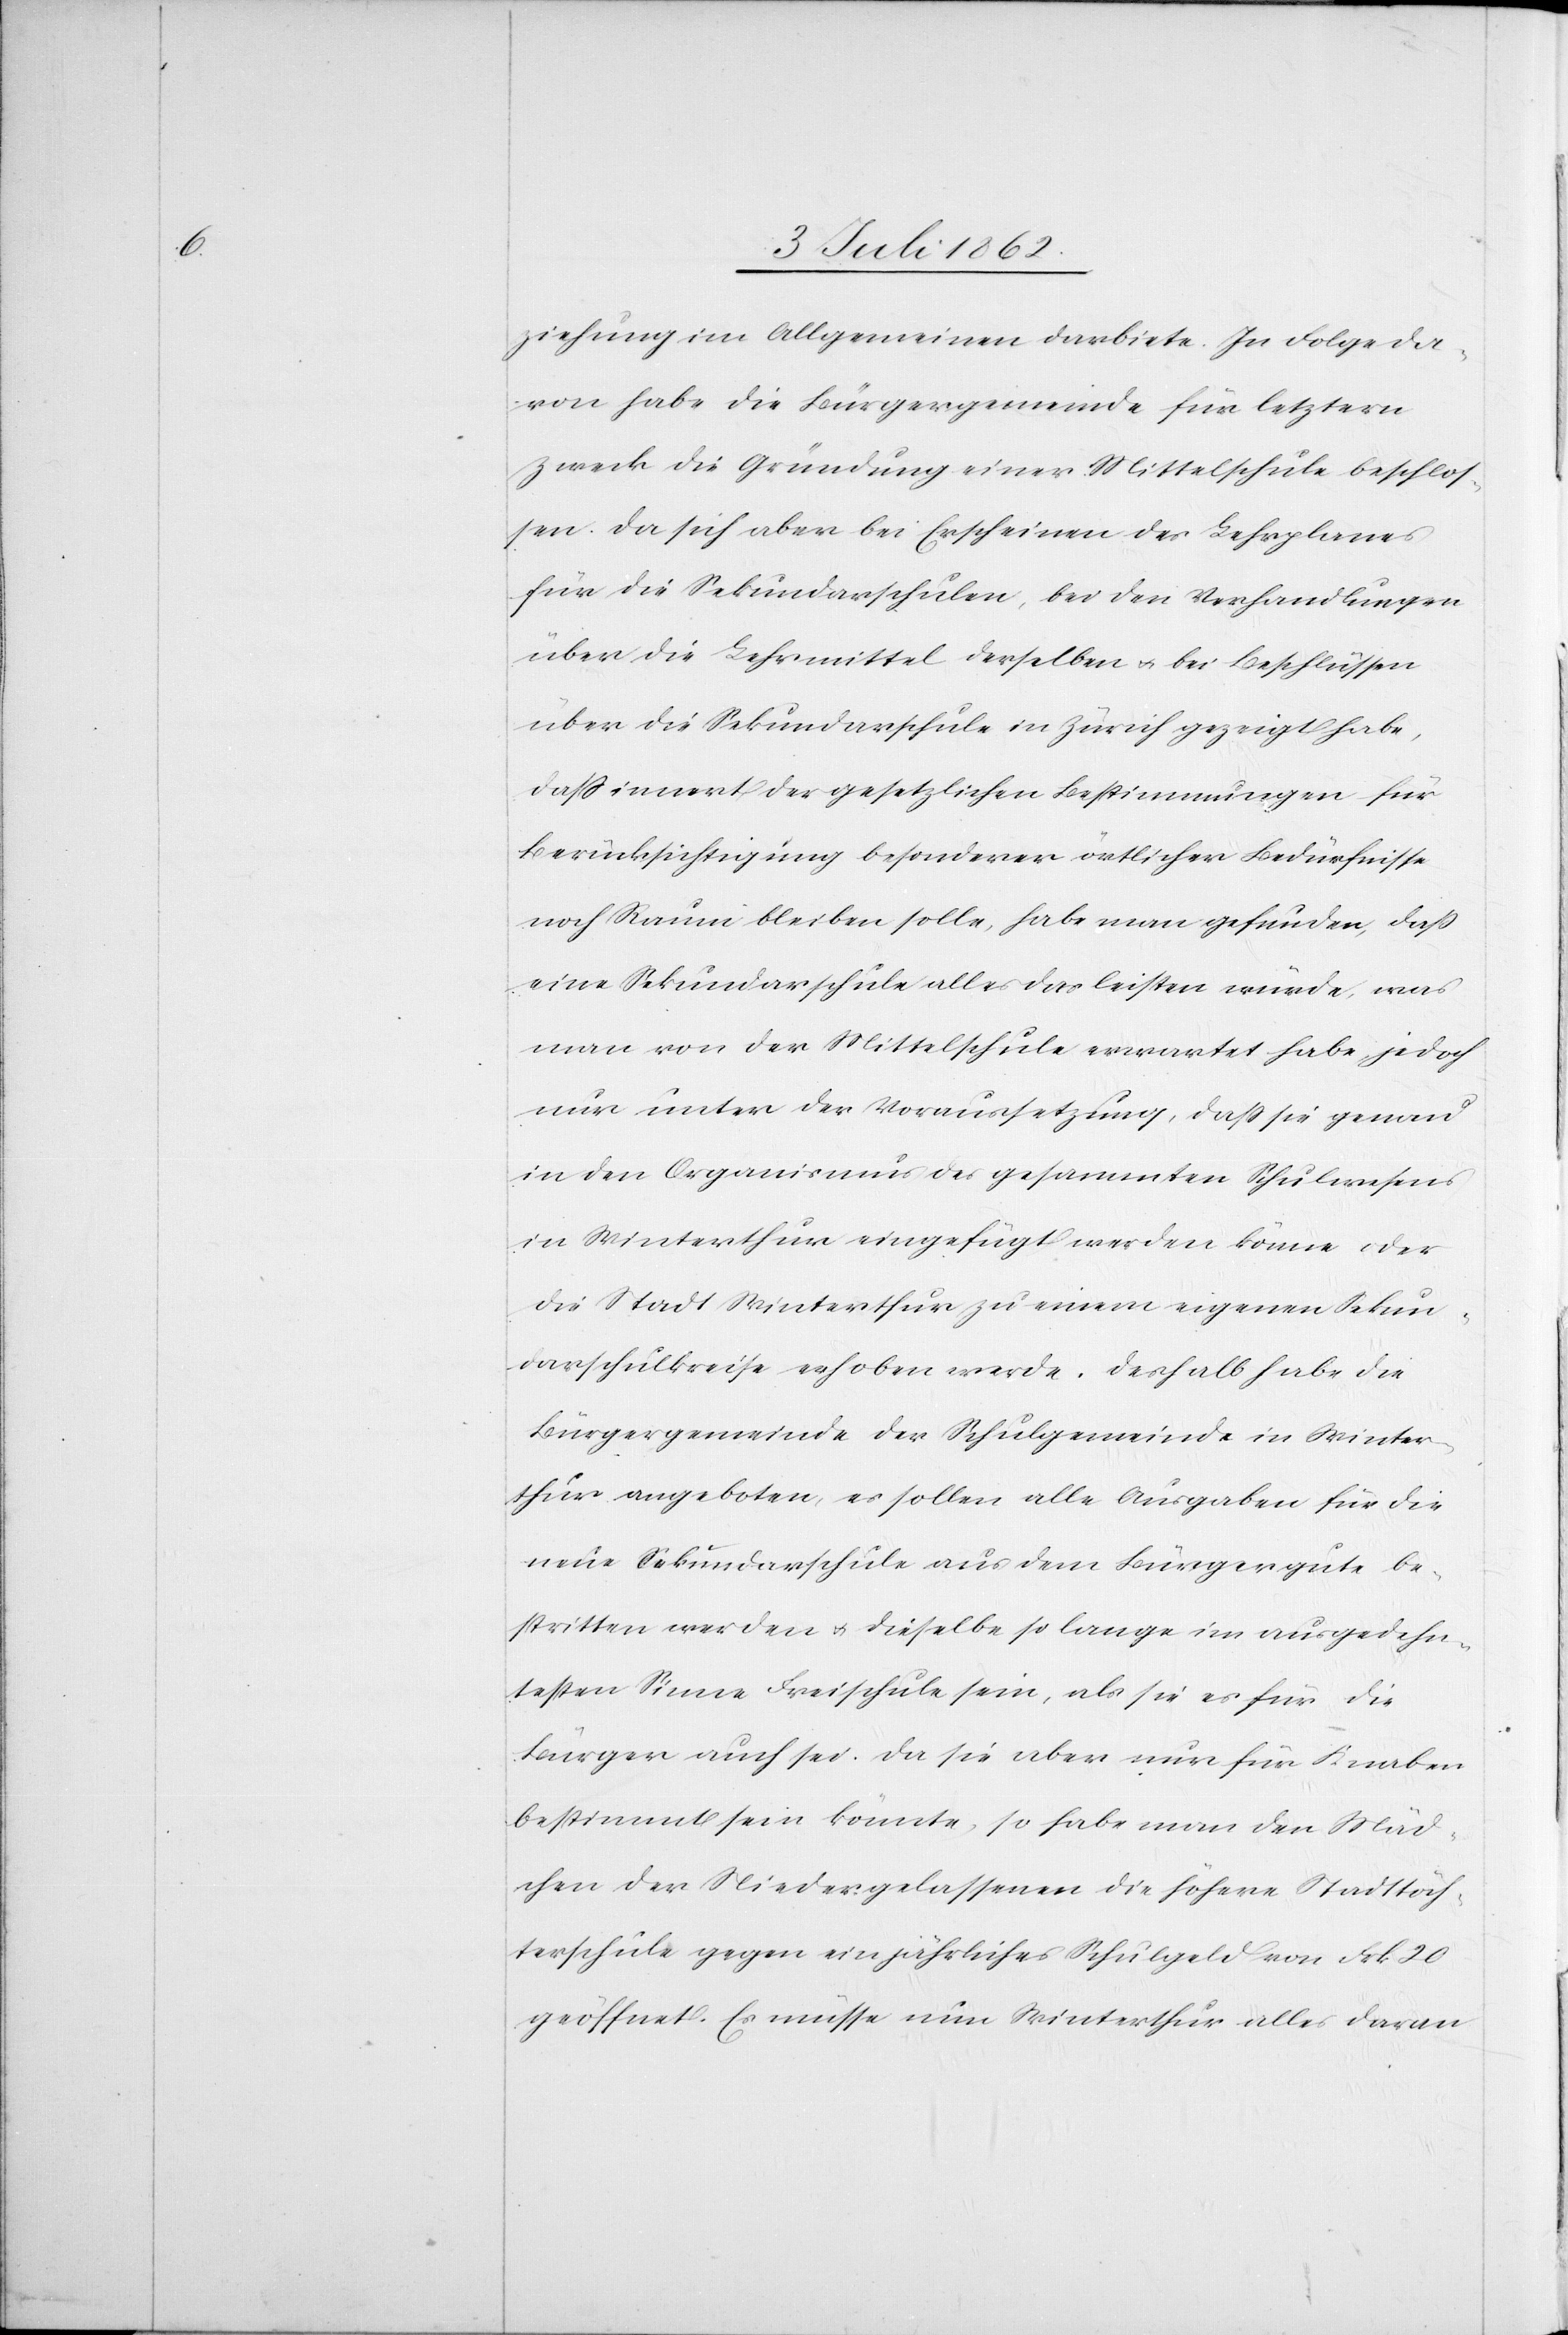
ziehung im Allgemeinen darbiete. In Folge da¬
von habe die Bürgergemeinde für letztern
Zweck die Gründung einer Mittelschule beschlos¬
sen. Da sich aber bei Erscheinen des Lehrplanes
für die Sekundarschulen, bei den Verhandlungen
über die Lehrmittel derselben u. bei Beschlüssen
über die Sekundarschule in Zürich gezeigt habe,
daß innert der gesetzlichen Bestimmungen für
Berücksichtigung besonderer örtlicher Bedürfnisse
noch Raum bleiben solle, habe man gefunden, daß
eine Sekundarschule alles das leisten würde, was
man von der Mittelschule erwartet habe jedoch
nur unter der Voraussetzung, daß sie genau
in den Organismus des gesammten Schulwesens
in Winterthur eingefügt werden könne oder
die Stadt Winterthur zu einem eigenen Sekun¬
darschulkreise erhoben werde. Desshalb habe die
Bürgergemeinde der Schulgemeinde in Winter¬
thur angeboten, es sollen alle Ausgaben für die
neue Sekundarschule aus dem Bürgergute be¬
stritten werden u. dieselbe so lange im ausgedehn¬
testen Sinne Freischule sein, als sie es für die
Bürger auch sei. Da sie aber nur für Knaben
bestimmt sein könnte, so habe man den Mäd¬
chen der Niedergelassenen die höhere Stadttöch¬
terschule gegen ein jährliches Schulgeld von Frk. 20
geöffnet. Es müsse nun Winterthur alles daran